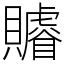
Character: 䞊